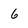
Character: 6